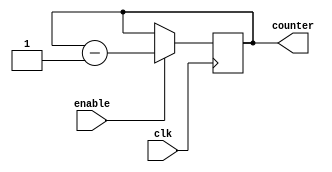
module Binary_Down_Counter_with_Enable (
    input wire clk,
    input wire enable,
    output reg [3:0] counter
);

always @(posedge clk) begin
    if (enable) begin
        counter <= counter - 1;
    end
end

endmodule